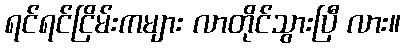
ရင်ရင်ငြိမ်းကများ လာတိုင်သွားပြီ လား။